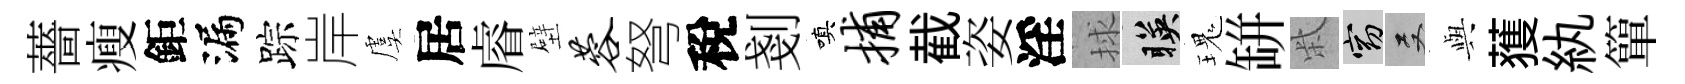
薔瘦鉅漏踪岸虞居𥈠壁蓉弩稅剗嗔捕截姿淫捄暎瑰缾柴窈双𫤰𫉬紈簞